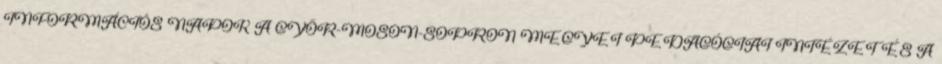
INFORMÁCIÓS NAPOK A GYŐR-MOSON-SOPRON MEGYEI PEDAGÓGIAI INTÉZET ÉS A